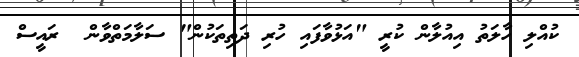
ކުއްލި ހާލަތު އިއުލާން ކުރީ "އަޅުވާފައި ހުރި ދަތިތަކުން" ސަލާމަތްވާން  ރައީސް